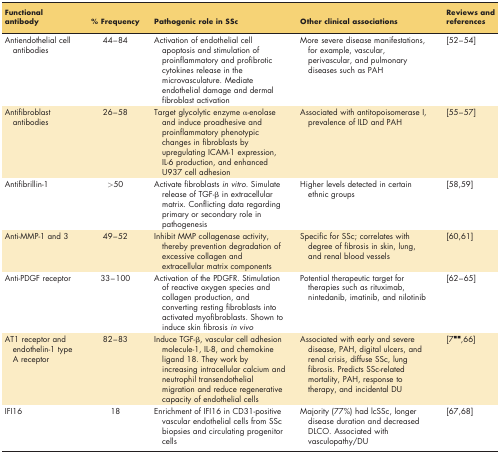
| Functional antibody | % Frequency | Pathogenic role in SSc | Other clinical associations | Reviews and references |
 | --- | --- | --- | --- | --- |
 | Antiendothelial cell antibodies | 44–84 | Activation of endothelial cell apoptosis and stimulation of proinflammatory and profibrotic cytokines release in the microvasculature. Mediate endothelial damage and dermal fibroblast activation | More severe disease manifestations, for example, vascular, perivascular, and pulmonary diseases such as PAH | [525354] |
 | Antifibroblast antibodies | 26–58 | Target glycolytic enzyme α-enolase and induce proadhesive and proinflammatory phenotypic changes in fibroblasts by upregulating ICAM-1 expression, IL-6 production, and enhanced U937 cell adhesion | Associated with antitopoisomerase I, prevalence of ILD and PAH | [555657] |
 | Antifibrillin-1 | >50 | Activate fibroblasts in vitro. Simulate release of TGF-β in extracellular matrix. Conflicting data regarding primary or secondary role in pathogenesis | Higher levels detected in certain ethnic groups | [58,59] |
 | Anti-MMP-1 and 3 | 49–52 | Inhibit MMP collagenase activity, thereby prevention degradation of excessive collagen and extracellular matrix components | Specific for SSc; correlates with degree of fibrosis in skin, lung, and renal blood vessels | [60, 61] |
 | Anti-PDGF receptor | 33–100 | Activation of the PDGFR. Stimulation of reactive oxygen species and collagen production, and converting resting fibroblasts into activated myofibroblasts. Shown to induce skin fibrosis in vivo | Potential therapeutic target for therapies such as rituximab, nintedanib, imatinib, and nilotinib | [62636465] |
 | AT1 receptor and endothelin-1 type A receptor | 82–83 | Induce TGF-β, vascular cell adhesion molecule-1, IL-8, and chemokine ligand 18. They work by increasing intracellular calcium and neutrophil transendothelial migration and reduce regenerative capacity of endothelial cells | Associated with early and severe disease, PAH, digital ulcers, and renal crisis, diffuse SSc, lung fibrosis. Predicts SSc-related mortality, PAH, response to therapy, and incidental DU | [7▪▪, 66] |
 | IFI16 | 18 | Enrichment of IFI16 in CD31-positive vascular endothelial cells from SSc biopsies and circulating progenitor cells | Majority (77%) had lcSSc, longer disease duration and decreased DLCO. Associated with vasculopathy/DU | [67,68] |